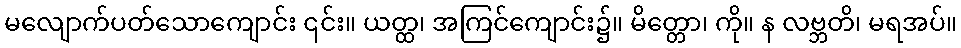
မလျောက်ပတ်သောကျောင်း ၎င်း။ ယတ္ထ၊ အကြင်ကျောင်း၌။ မိတ္တော၊ ကို။ န လဗ္ဘတိ၊ မရအပ်။